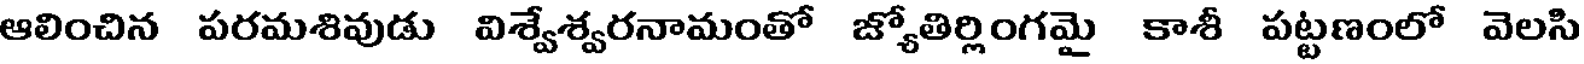
ఆలించిన పరమశివుడు విశ్వేశ్వరనామంతో జ్యోతిర్లింగమై కాశీ పట్టణంలో వెలసి